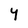
Character: Y